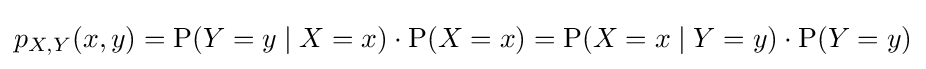
p_{X,Y}(x,y)=\mathrm {P} (Y=y\mid X=x)\cdot \mathrm {P} (X=x)=\mathrm {P} (X=x\mid Y=y)\cdot \mathrm {P} (Y=y)